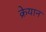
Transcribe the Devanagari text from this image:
क्रेयान